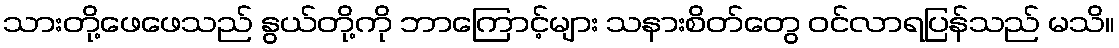
သားတို့ဖေဖေသည် နွယ်တို့ကို ဘာကြောင့်များ သနားစိတ်တွေ ဝင်လာရပြန်သည် မသိ။